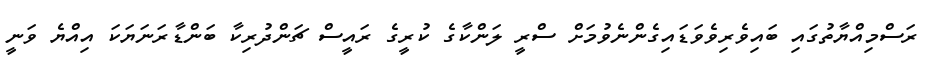
ރަސްމިއްޔާތުގައި ބައިވެރިވެވަޑައިގެންނެވުމަށް ސްރީ ލަންކާގެ ކުރީގެ ރައީސް ޗަންދުރިކާ ބަންޑާރަނަޔަކަ އިއްޔެ ވަނީ